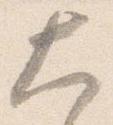
大